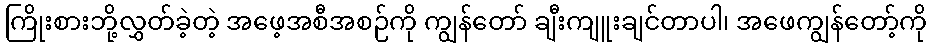
ကြိုးစားဘို့လွှတ်ခဲ့တဲ့ အဖေ့အစီအစဉ်ကို ကျွန်တော် ချီးကျူးချင်တာပါ၊ အဖေကျွန်တော့်ကို